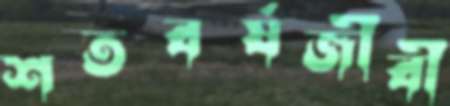
শতবর্ষজীবী